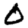
Digit: 0